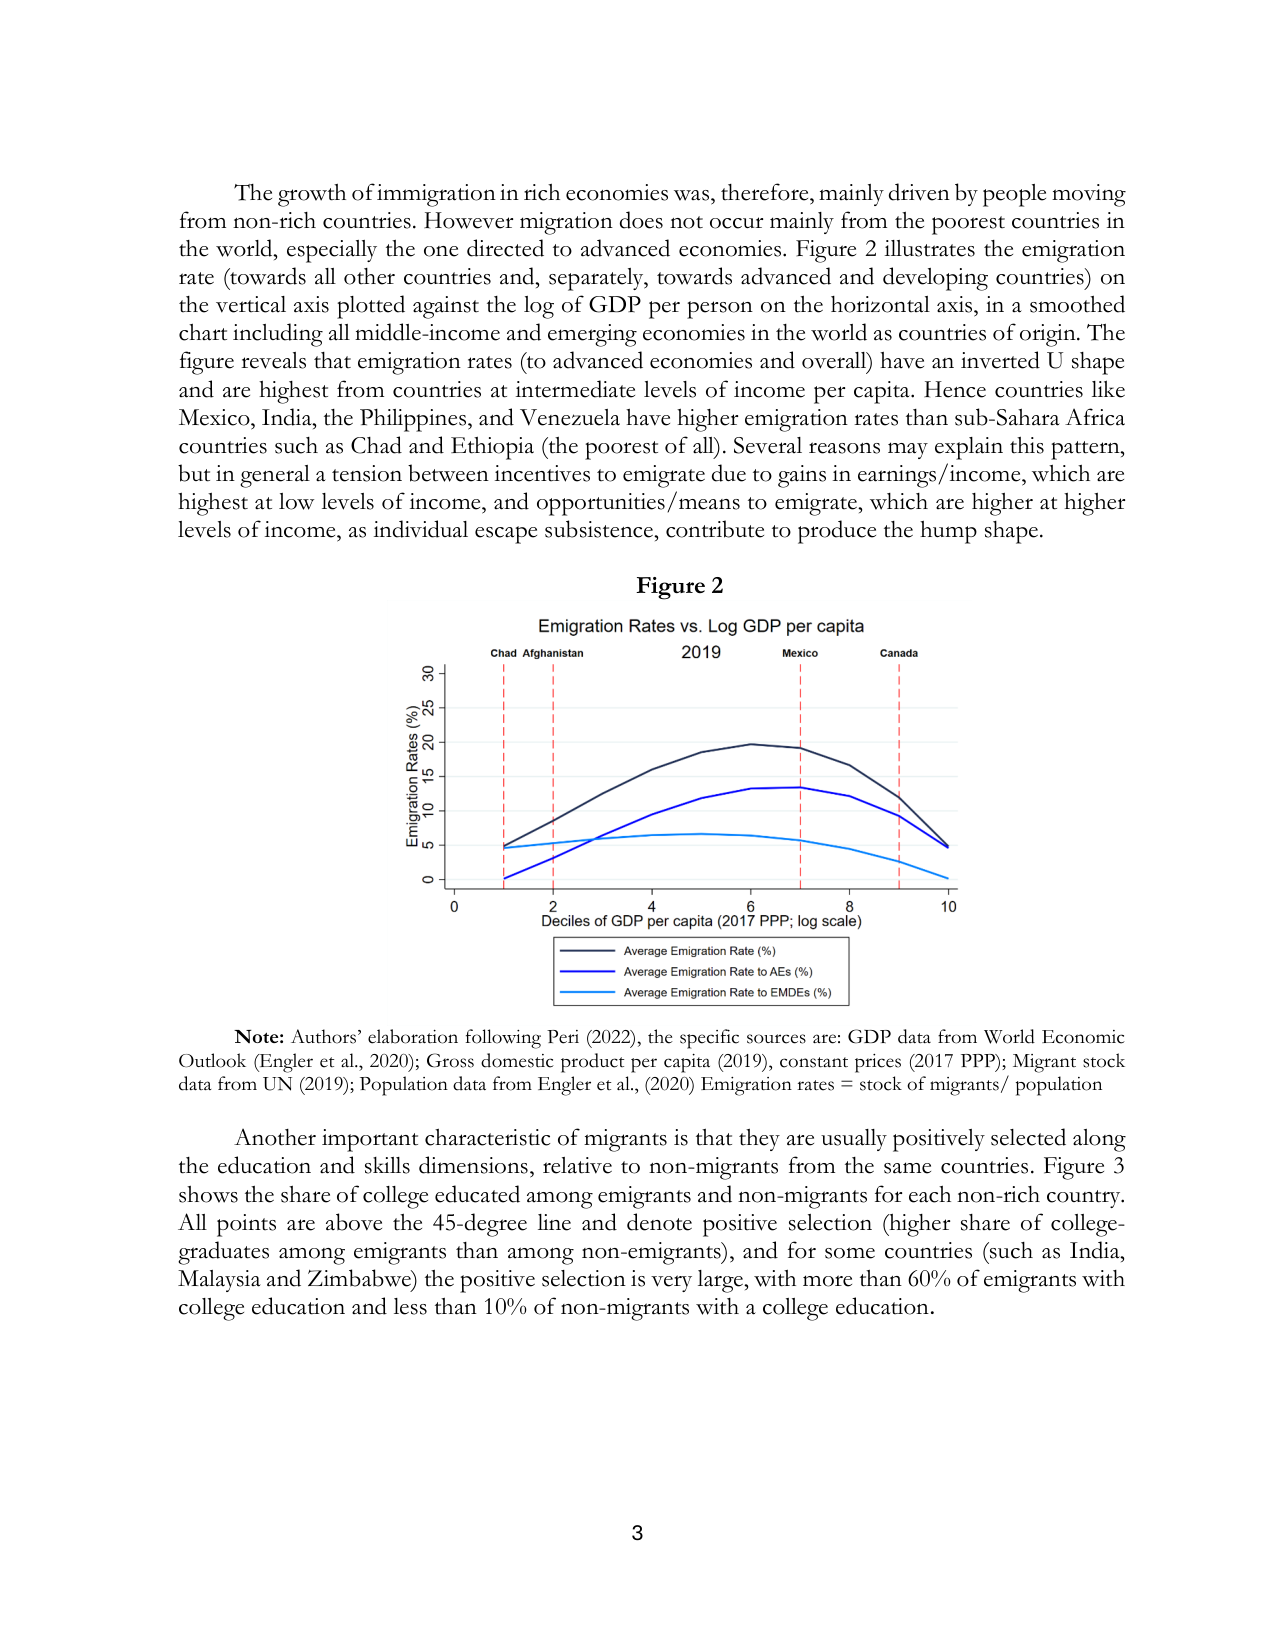
The growth of immigration in rich economies was, therefore, mainly driven by people moving from non-rich countries. However migration does not occur mainly from the poorest countries in the world, especially the one directed to advanced economies. Figure 2 illustrates the emigration rate (towards all other countries and, separately, towards advanced and developing countries) on the vertical axis plotted against the log of GDP per person on the horizontal axis, in a smoothed chart including all middle-income and emerging economies in the world as countries of origin. The figure reveals that emigration rates (to advanced economies and overall) have an inverted U shape and are highest from countries at intermediate levels of income per capita. Hence countries like Mexico, India, the Philippines, and Venezuela have higher emigration rates than sub-Saharan Africa countries such as Chad and Ethiopia (the poorest of all). Several reasons may explain this pattern, but in general a tension between incentives to emigrate due to gains in earnings/income, which are highest at low levels of income, and opportunities/means to emigrate, which are higher at higher levels of income, as individual escape subsistence, contribute to produce the hump shape.

Figure 2
Emigration Rates vs. Log GDP per capita
2019
Chad Afghanistan Mexico Canada
Emigration Rates (%)
0 5 10 15 20 25 30
0 2 4 6 8 10
Deciles of GDP per capita (2017 PPP; log scale)
Average Emigration Rate (%)
Average Emigration Rate to AEs (%)
Average Emigration Rate to EMDEs (%)

Note: Authors’ elaboration following Peri (2022), the specific sources are: GDP data from World Economic Outlook (Engler et al., 2020); Gross domestic product per capita (2019), constant prices (2017 PPP); Migrant stock data from UN (2019); Population data from Engler et al., (2020) Emigration rates = stock of migrants/ population

Another important characteristic of migrants is that they are usually positively selected along the education and skills dimensions, relative to non-migrants from the same countries. Figure 3 shows the share of college educated among emigrants and non-migrants for each non-rich country. All points are above the 45-degree line and denote positive selection (higher share of college-graduates among emigrants than among non-emigrants), and for some countries (such as India, Malaysia and Zimbabwe) the positive selection is very large, with more than 60% of emigrants with college education and less than 10% of non-migrants with a college education.

3